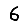
Digit: 6